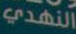
النهدي